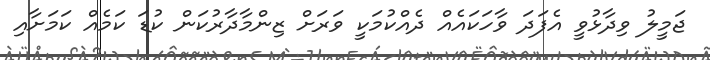
ޖަމީލު ވިދާޅުވީ އެފަދަ ވާހަކައެއް ދެއްކުމަކީ ވަރަށް ޒިންމާދާރުކަން ކުޑަ ކަމެއް ކަމަށާއި